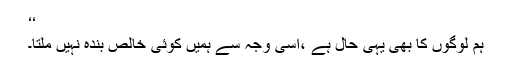
‘‘
ہم لوگوں کا بھی یہی حال ہے ،اسی وجہ سے ہمیں کوئی خالص بندہ نہیں ملتا۔